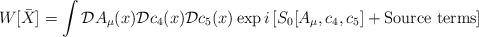
LaTeX: \begin{align*}W[\bar{X}] = \int {\cal D} A_\mu (x) {\cal D} c_4(x) {\cal D}c_5(x)\exp {i\left [ S_0[A_\mu,c_4,c_5] +\mbox{Source terms} \right ]}\end{align*}